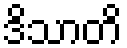
ဒိသာတိ